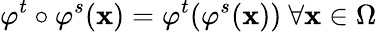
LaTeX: \varphi^{t}\circ\varphi^{s}(\mathbf{x})=\varphi^{t}(\varphi^{s}(\mathbf{x}))~\forall\mathbf{x}\in\Omega